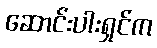
ဆောင်းပါးရှင်က